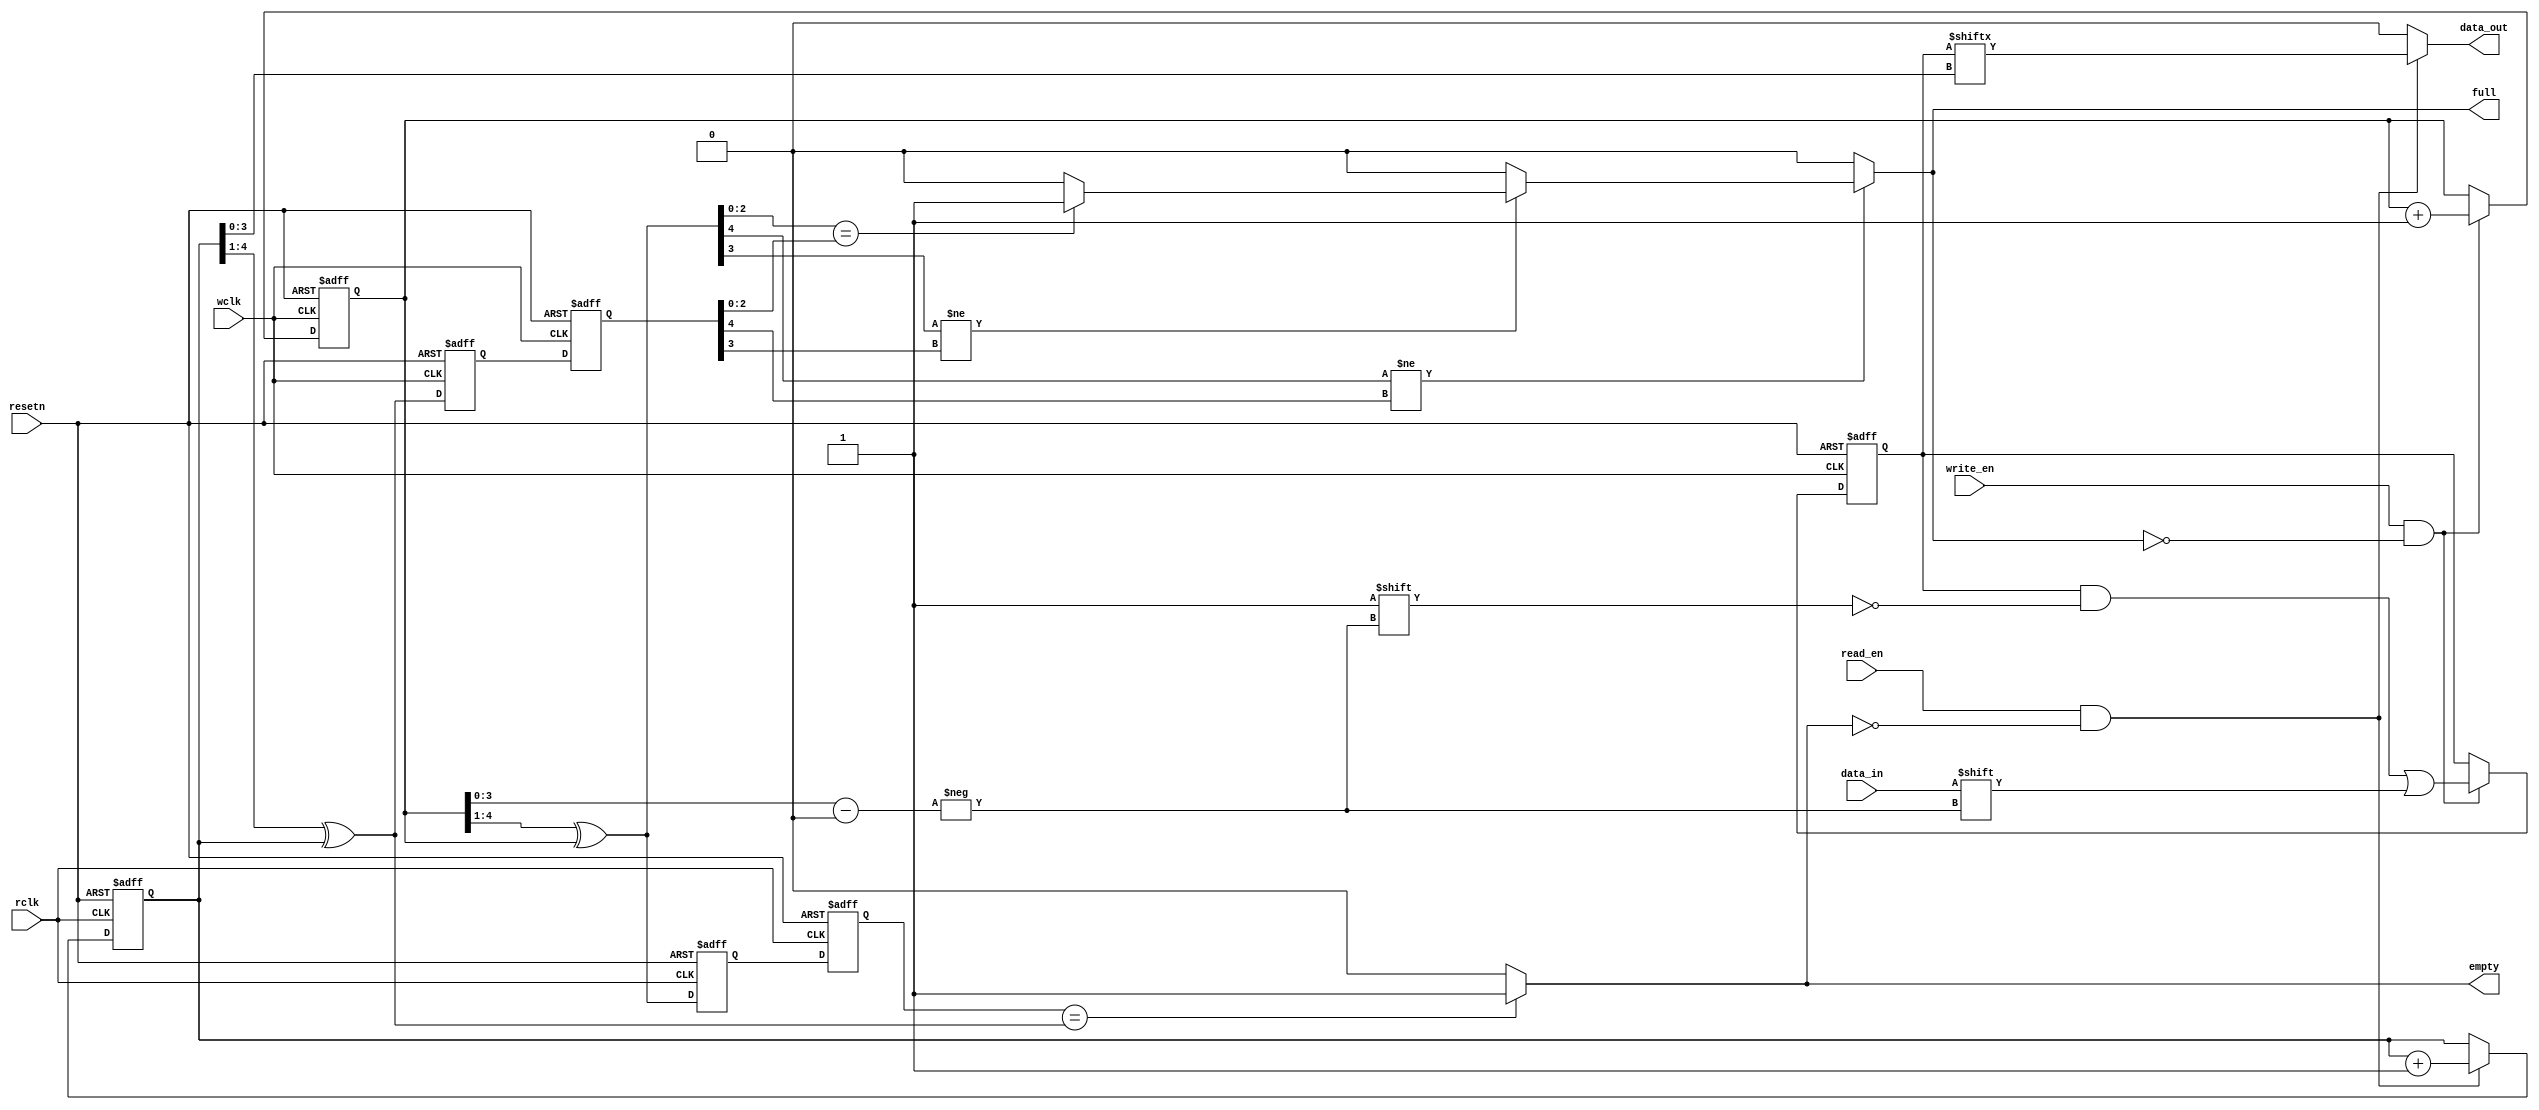
module write_fifo(
    input                   	wclk,
    input                   	rclk,
    input                   	resetn,
    input       		      	data_in,
    input                   	write_en,
    input                   	read_en,
    output      		      	data_out,
    output                  	full,
    output                  	empty
);
    reg     	[15:0]        	ram;
    reg     	[4:0]        	write_addr_wclk;
    reg     	[4:0]        	read_addr_rclk;

    wire    	[4:0]        	write_addr_gray_wclk;
    reg     	[4:0]        	write_addr_gray_rclk0;
    reg     	[4:0]        	write_addr_gray_rclk1;

    wire    	[4:0]        	read_addr_gray_rclk;
    reg     	[4:0]        	read_addr_gray_wclk0;
    reg     	[4:0]        	read_addr_gray_wclk1;

    always@(posedge wclk or negedge resetn)//write addr wclk operation
        if(!resetn)
            write_addr_wclk <= 5'b0;
        else if(write_en == 1'b1 && full != 1'b1)
            write_addr_wclk <= write_addr_wclk + 1'b1;
        else
            write_addr_wclk <= write_addr_wclk;
    
    always@(posedge rclk or negedge resetn)//read addr read operation
        if(!resetn)
            read_addr_rclk <= 5'b0;
        else if(read_en == 1'b1 && empty != 1'b1)
            read_addr_rclk <= read_addr_rclk + 1'b1;
        else
            read_addr_rclk <= read_addr_rclk;
    
    always@(posedge wclk or negedge resetn)//sync
        if(!resetn)begin
            read_addr_gray_wclk0 <= 5'b0;
            read_addr_gray_wclk1 <= 5'b0;
        end
        else begin
            read_addr_gray_wclk0 <= read_addr_gray_rclk;
            read_addr_gray_wclk1 <= read_addr_gray_wclk0;
        end
    
    always@(posedge rclk or negedge resetn)//sync
        if(!resetn)begin
            write_addr_gray_rclk0 <= 5'b0;
            write_addr_gray_rclk1 <= 5'b0;
        end
        else begin
            write_addr_gray_rclk0 <= write_addr_gray_wclk;
            write_addr_gray_rclk1 <= write_addr_gray_rclk0;
        end

    always@(posedge wclk or negedge resetn)//data out
		if(!resetn)
			ram <= 16'b0;
        else if(full == 1'b0 && write_en == 1'b1)
            ram[write_addr_wclk[3:0]] <= data_in;


    assign full = (write_addr_gray_wclk[4] != read_addr_gray_wclk1[4])?
                  (write_addr_gray_wclk[3] != read_addr_gray_wclk1[3])?
                  (write_addr_gray_wclk[2:0] == read_addr_gray_wclk1[2:0])?1'b1:1'b0:1'b0:1'b0;
    assign empty = (write_addr_gray_rclk1 == read_addr_gray_rclk)?1'b1:1'b0;
    
	assign data_out = ((read_en == 1'b1) && (empty != 1'b1))?ram[read_addr_rclk[3:0]]:31'b0;
    
	assign write_addr_gray_wclk = (write_addr_wclk>>1)^write_addr_wclk;
    assign read_addr_gray_rclk = (read_addr_rclk>>1)^read_addr_rclk;

endmodule